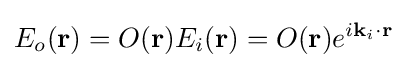
E_{o}(\mathbf {r} )=O(\mathbf {r} )E_{i}(\mathbf {r} )=O(\mathbf {r} )e^{i\mathbf {k} _{i}\cdot \mathbf {r} }